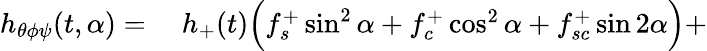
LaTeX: \begin{array}{rl}{h_{\theta\phi\psi}(t,\alpha)={}}&{{}h_{+}(t)\Bigl(f_{s}^{+}\sin^{2}{\alpha}+f_{c}^{+}\cos^{2}{\alpha}+f_{sc}^{+}\sin{2\alpha}\Bigr)+}\end{array}